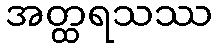
အတ္ထရသဿ